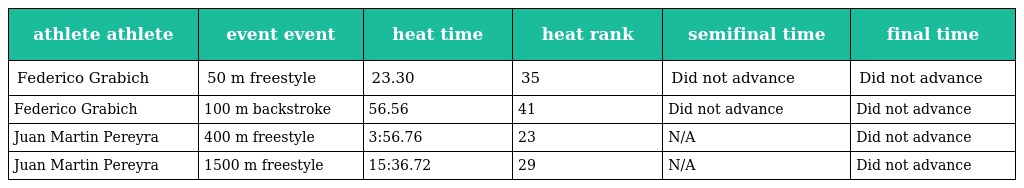
| athlete athlete | event event | heat time | heat rank | semifinal time | final time |
 | --- | --- | --- | --- | --- | --- |
 | Federico Grabich | 50 m freestyle | 23.30 | 35 | Did not advance | Did not advance |
 | Federico Grabich | 100 m backstroke | 56.56 | 41 | Did not advance | Did not advance |
 | Juan Martin Pereyra | 400 m freestyle | 3:56.76 | 23 | N/A | Did not advance |
 | Juan Martin Pereyra | 1500 m freestyle | 15:36.72 | 29 | N/A | Did not advance |